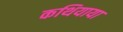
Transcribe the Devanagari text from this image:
कथियाया